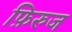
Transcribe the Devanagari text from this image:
फ़िरुज